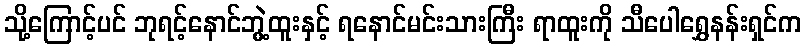
သို့ကြောင့်ပင် ဘုရင့်နောင်ဘွဲ့ထူးနှင့် ရနောင်မင်းသားကြီး ရာထူးကို သီပေါရွှေနန်းရှင်က